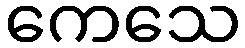
ကေသေ